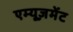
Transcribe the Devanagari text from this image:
एम्यूज़मेंट